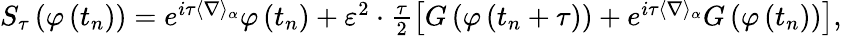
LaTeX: \begin{array}{r}{S_{\tau}\left(\varphi\left(t_{n}\right)\right)=e^{i\tau\langle\nabla\rangle_{\alpha}}\varphi\left(t_{n}\right)+\varepsilon^{2}\cdot\frac{\tau}{2}\left[G\left(\varphi\left(t_{n}+\tau\right)\right)+e^{i\tau\langle\nabla\rangle_{\alpha}}G\left(\varphi\left(t_{n}\right)\right)\right],}\end{array}